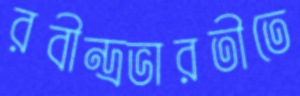
রবীন্দ্রভারতীতে